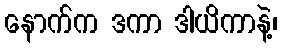
နောက်က ဒကာ ဒါယိကာနဲ့၊